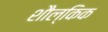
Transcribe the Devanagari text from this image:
शौल्किक